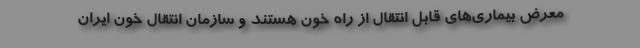
معرض بیماری‌های قابل انتقال از راه خون هستند و سازمان انتقال خون ایران